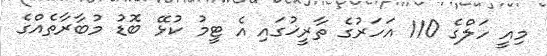
މިއީ ހަލްގެ 110 އަހަރުގެ ތާރީޚުގައި އެ ޓީމު ކުޅޭ ބޮޑު މުބާރާތެއްގެ